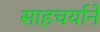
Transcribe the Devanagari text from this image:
साहचर्याने